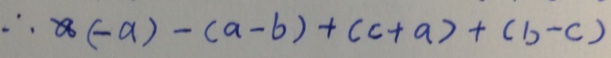
\therefore a ( - a ) - ( a - b ) + ( c + a ) + ( b - c )